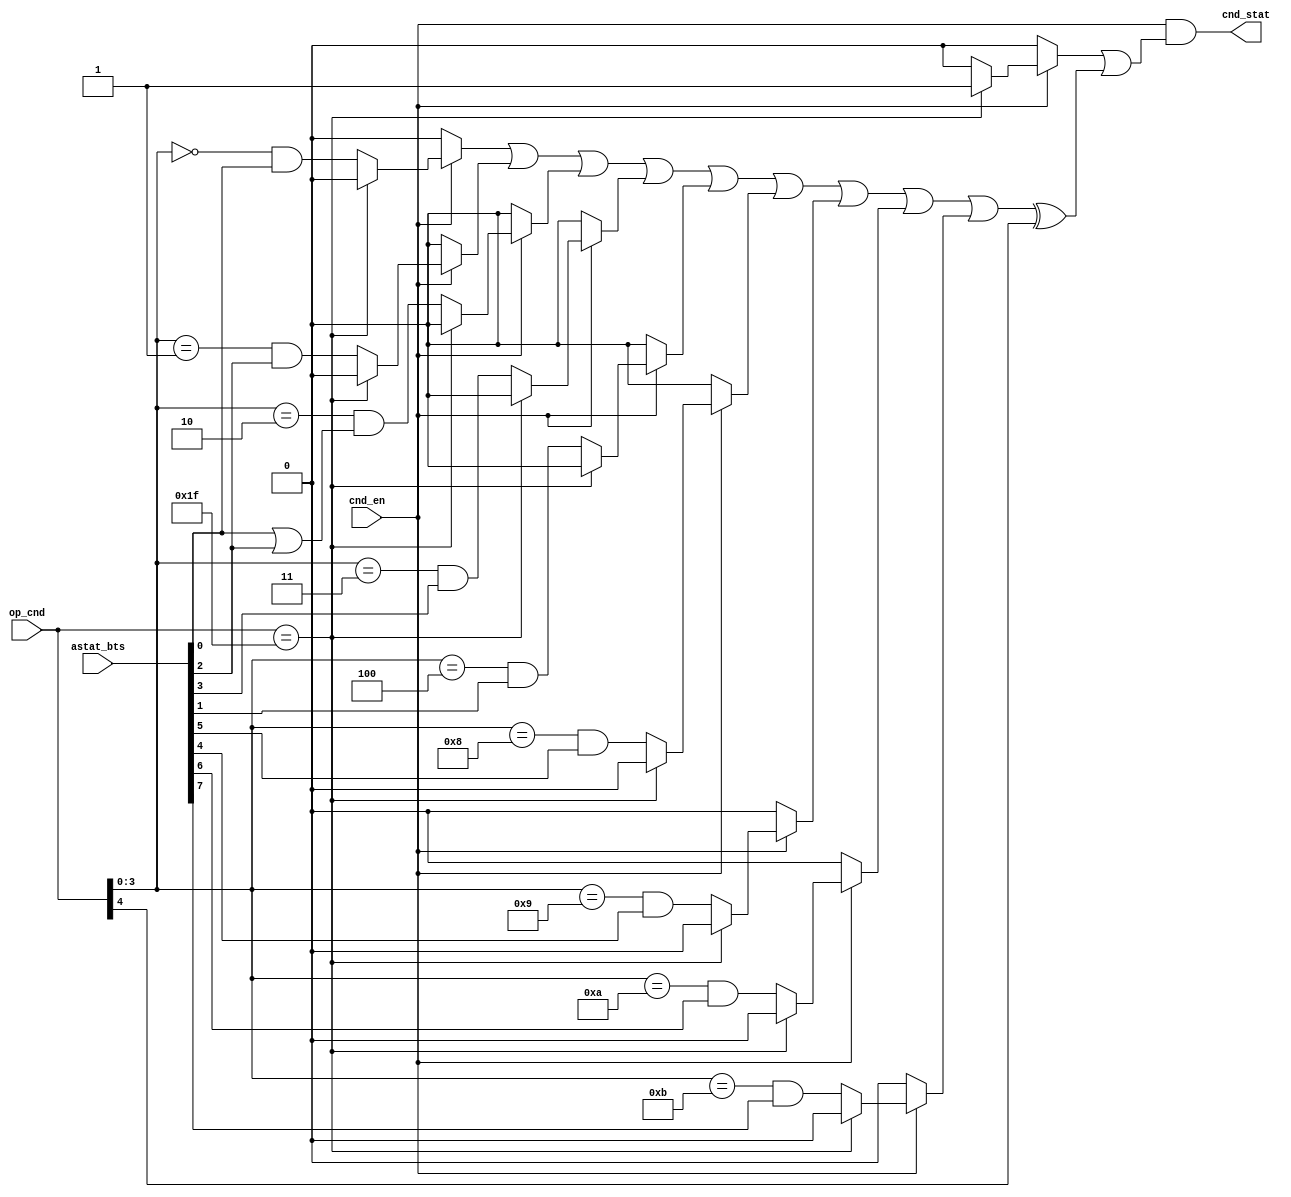
module cnd_dcdr(cnd_en,op_cnd,cnd_stat,astat_bts);

input cnd_en;
input[4:0] op_cnd;
input[7:0] astat_bts;
output cnd_stat;

reg frvr, az, an, azn, ac, av, mv, ms, sv, sz, cnd_stat;

always @(*) begin

	if(cnd_en) begin

		if(op_cnd[4:0]==5'b11111) begin

			frvr= 1'b1;
			az= 1'b0;
			an= 1'b0;
			azn= 1'b0;
			ac= 1'b0;
			av= 1'b0;
			mv= 1'b0;
			ms= 1'b0;
			sv= 1'b0;
			sz= 1'b0;

		end else begin

			frvr= 1'b0;
			az= (op_cnd[3:0]==4'b0000) &  astat_bts[0];
			an= (op_cnd[3:0]==4'b0001) & astat_bts[2];
			azn= (op_cnd[3:0]==4'b0010) & (astat_bts[0] | astat_bts[2]);
			ac= (op_cnd[3:0]==4'b0011) & astat_bts[3];
			av= (op_cnd[3:0]==4'b0100) & astat_bts[1];
			mv= (op_cnd[3:0]==4'b1000) & astat_bts[5];
			ms= (op_cnd[3:0]==4'b1001) & astat_bts[4];
			sv= (op_cnd[3:0]==4'b1010) & astat_bts[6];
			sz= (op_cnd[3:0]==4'b1011) & astat_bts[7];

		end

	end else begin

		frvr= 1'b0;
		az= 1'b0;
		an= 1'b0;
		azn= 1'b0;
		ac= 1'b0;
		av= 1'b0;
		mv= 1'b0;
		ms= 1'b0;
		sv= 1'b0;
		sz= 1'b0;

	end

	cnd_stat= cnd_en & ( frvr | ( (az | an | azn | ac | av | mv | ms | sv | sz) ^ op_cnd[4] ) );

end

endmodule